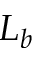
L _ { b }